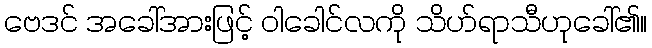
ဗေဒင် အခေါ်အားဖြင့် ဝါခေါင်လကို သိဟ်ရာသီဟုခေါ်၏။